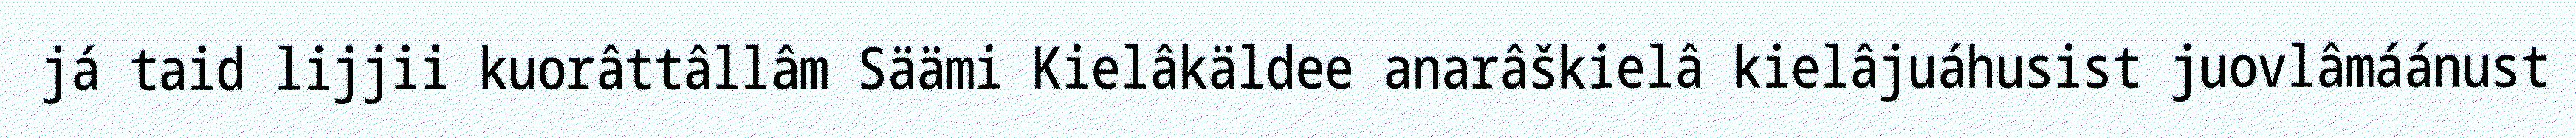
já taid lijjii kuorâttâllâm Säämi Kielâkäldee anarâškielâ kielâjuáhusist juovlâmáánust